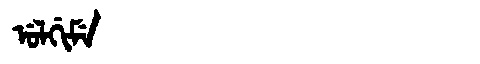
Manchu: ᡠᠯᡤᡳᠮᡝ
Romanization: ULGIME